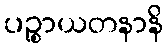
ပဉ္စာယတနာနိ